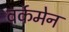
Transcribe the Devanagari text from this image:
वर्कमेन